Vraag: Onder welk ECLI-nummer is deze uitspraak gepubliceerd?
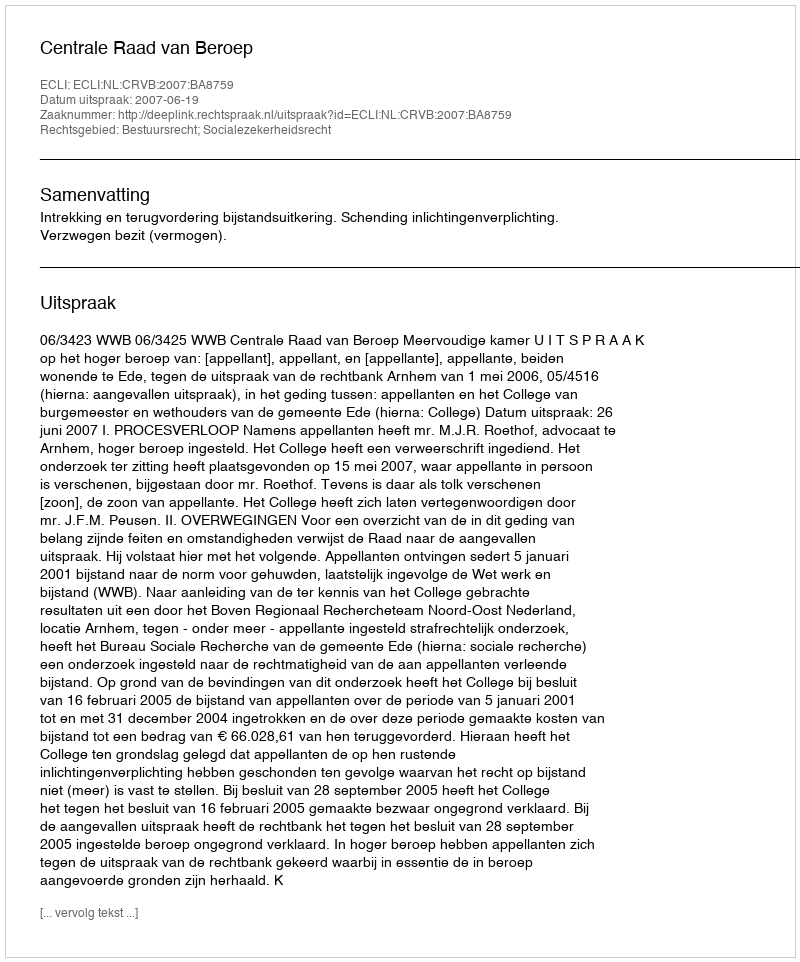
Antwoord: ECLI:NL:CRVB:2007:BA8759